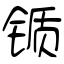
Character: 锧